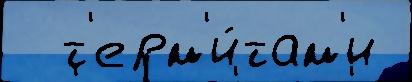
  т'ерм'и́там'и